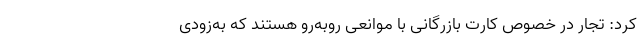
کرد: تجار در خصوص کارت بازرگانی با موانعی روبه‌رو هستند که به‌زودی